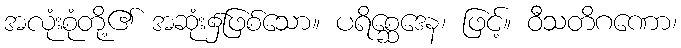
အလုံးစုံတို့၏ အဆုံး၌ဖြစ်သော။ ပရိစ္ဆေဒေန၊ ဖြင့်။ ဝီသတိဂဏော၊